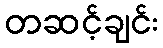
တဆင့်ချင်း